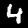
Label: 4